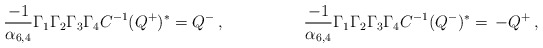
\begin{align*}{-1\over \alpha_{6,4}}\Gamma_1\Gamma_2\Gamma_3\Gamma_4 C^{-1} (Q^+)^* = Q^-\, ,\hskip 2truecm{-1\over \alpha_{6,4}}\Gamma_1\Gamma_2\Gamma_3\Gamma_4C^{-1} (Q^-)^* = \,- Q^+\,,\end{align*}